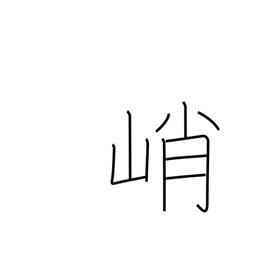
Meaning: high & steep